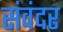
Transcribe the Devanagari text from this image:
संवंदर